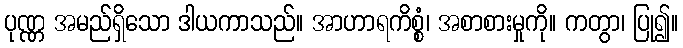
ပုဏ္ဏ အမည်ရှိသော ဒါယကာသည်။ အာဟာရကိစ္စံ၊ အစာစားမှုကို။ ကတွာ၊ ပြု၍။